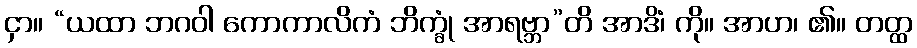
ငှာ။ “ယထာ ဘဂဝါ ကောကာလိကံ ဘိက္ခုံ အာရဗ္ဘာ”တိ အာဒိံ၊ ကို။ အာဟ၊ ၏။ တတ္ထ